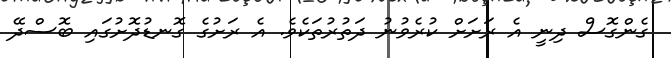
ގެންގޮސް ދިނީ އެ ރަށަށް ކުރެވުނު ދަތުރުތަކެވެ. އެ ރަށުގެ ގޮނޑުދޮށުގައި ބޮސްދޭ